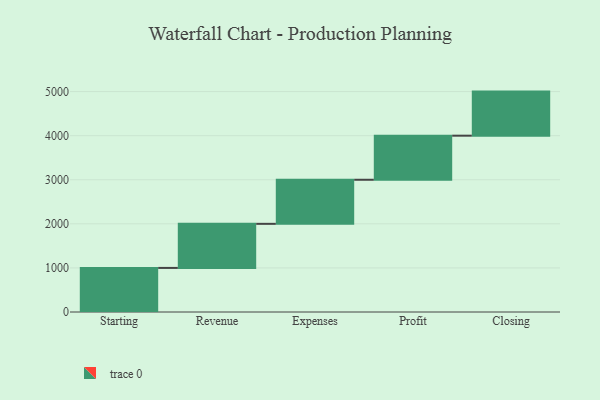
{"axis": {"x": "Step", "y": "Value"}, "legend": [""], "data": [{"x": "Starting", "y": 1000, "type": ""}, {"x": "Revenue", "y": 1000, "type": ""}, {"x": "Expenses", "y": 1000, "type": ""}, {"x": "Profit", "y": 1000, "type": ""}, {"x": "Closing", "y": 1000, "type": ""}]}